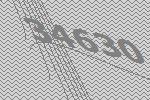
34630